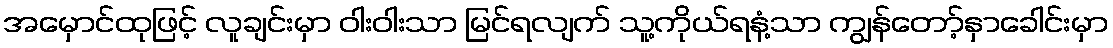
အမှောင်ထုဖြင့် လူချင်းမှာ ဝါးဝါးသာ မြင်ရလျက် သူ့ကိုယ်ရနံ့သာ ကျွန်တော့်နှာခေါင်းမှာ